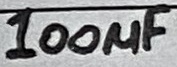
Text: 100µF